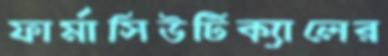
ফার্মাসিউটিক্যালের